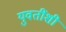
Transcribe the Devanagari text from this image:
युवतींशी